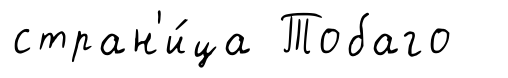
стран'и́ца Тобаго